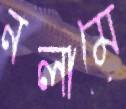
নলামে